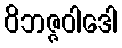
ဝိဘဇ္ဇဝါဒေါ